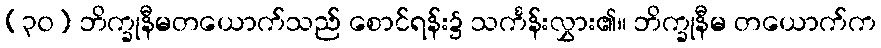
(၃၀) ဘိက္ခုနီမတယောက်သည် စောင်ရန်း၌ သင်္ကန်းလွှား၏။ ဘိက္ခုနီမ တယောက်က